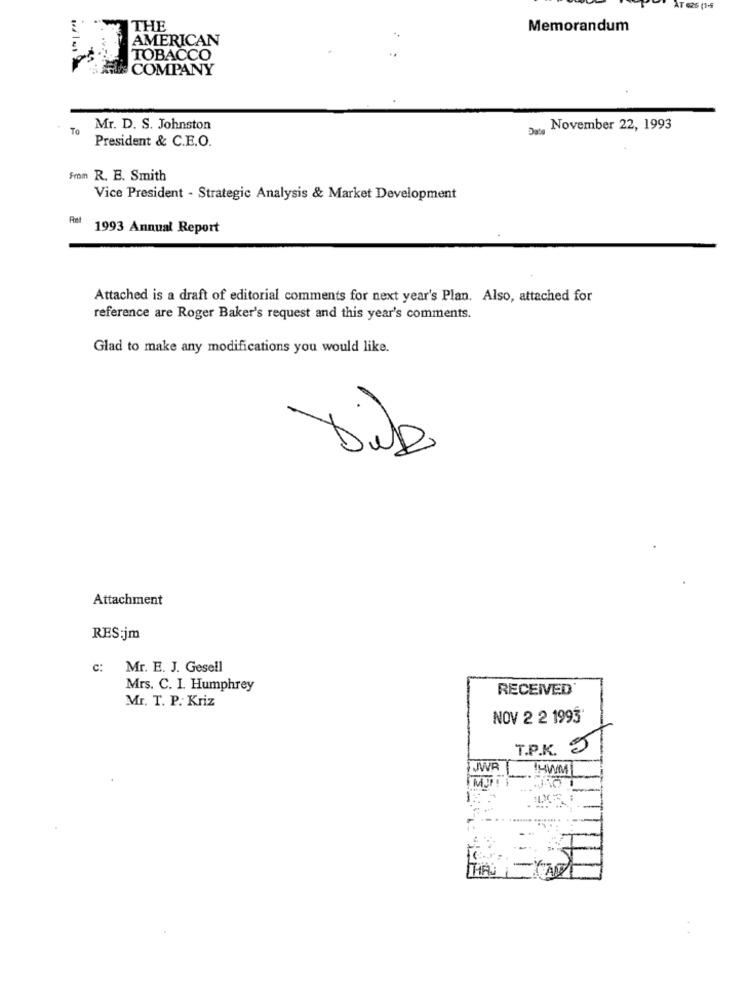
AT 626 (1-9
THE
Memorandum
AMERICAN
TOBACCO
A COMPANY
To
Mr. D. S. Johnston
Das November 22, 1993
President & C.E.O.
From R. E. Smith
Vice President - Strategic Analysis & Market Development
Ret
1993 Annual Report
Attached is a draft of editorial comments for next year's Plan. Also, attached for
reference are Roger Baker's request and this year's comments.
Glad to make any modifications you would like.
Die
Attachment
RES:jm
c: Mr. E. J. Gesell
Mrs. C. I. Humphrey
RECEIVED
Mr. T. P. Kriz
NOV 2 2 1993
T.P.K.
JWR
HWM
THAJ